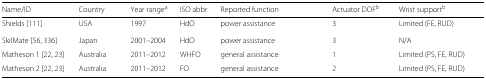
| Name/ID | Country | Year rangea | ISO abbr. | Reported function | Actuator DOFb | Wrist supportb |
 | --- | --- | --- | --- | --- | --- | --- |
 | Shields [111] | USA | 1997 | HdO | power assistance | 3 | Limited (FE, RUD) |
 | SkilMate [56, 336] | Japan | 2001–2004 | HdO | power assistance | 3 | N/A |
 | Matheson 1 [22, 23] | Australia | 2011–2012 | WHFO | general assistance | 1 | Limited (PS, FE, RUD) |
 | Matheson 2 [22, 23] | Australia | 2011–2012 | FO | general assistance | 2 | Limited (PS, FE, RUD) |